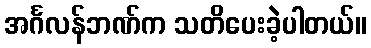
အင်္ဂလန်ဘဏ်က သတိပေးခဲ့ပါတယ်။